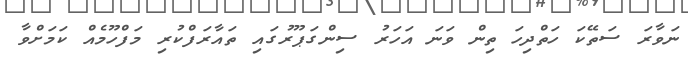
ނަވާރަ ސަތޭކަ ހަތްދިހަ ތިން ވަނަ އަހަރު ސިންގަޕޫރުގައި ތައާރަފްކުރި މަފްހޫމެއް ކަމަށްވާ